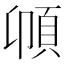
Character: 𩑝